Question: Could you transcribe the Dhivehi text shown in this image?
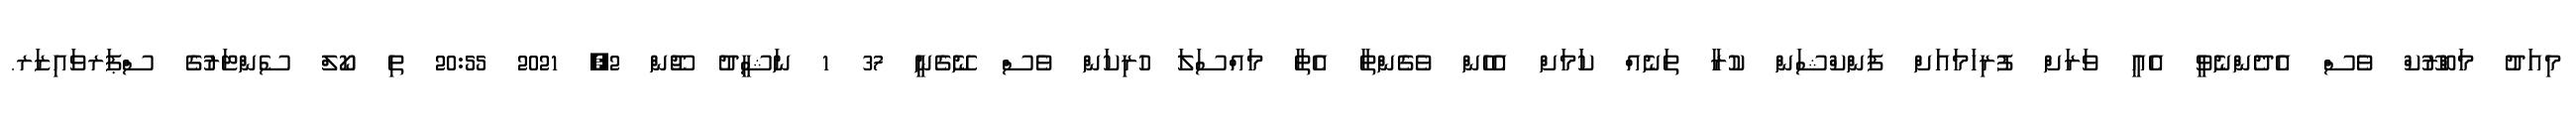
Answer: މިއަދު މަބްރޫކް ވެސް އެދެންނެވީ އެއީ ވަރަށް ފުރިހަމައަށް ފަންކްޝަން ކުރާ ތަނެއް ކަމަށް އެހެން ވެގެންތާ އެތާ މައްސަލަ ހުރިކަން ވެސް ނޭގެނީ 37 1 ނަޝީދު ޖޫން 2, 2021 20:55 ތި ކޯލް ސެންޓަރުގެ ސްޕަރވައިޒަރ.